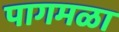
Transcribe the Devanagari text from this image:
पागमळा